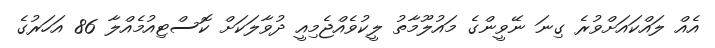
އެއް ލައްކައަށްވުރެ ގިނަ ނޭވީންގެ މައުލޫމާތު ލީކުވެއްޖެމިއީ ދުވާލަކަށް ކޮސްޓިއުމެއްލާ 86 އަހަރުގެ